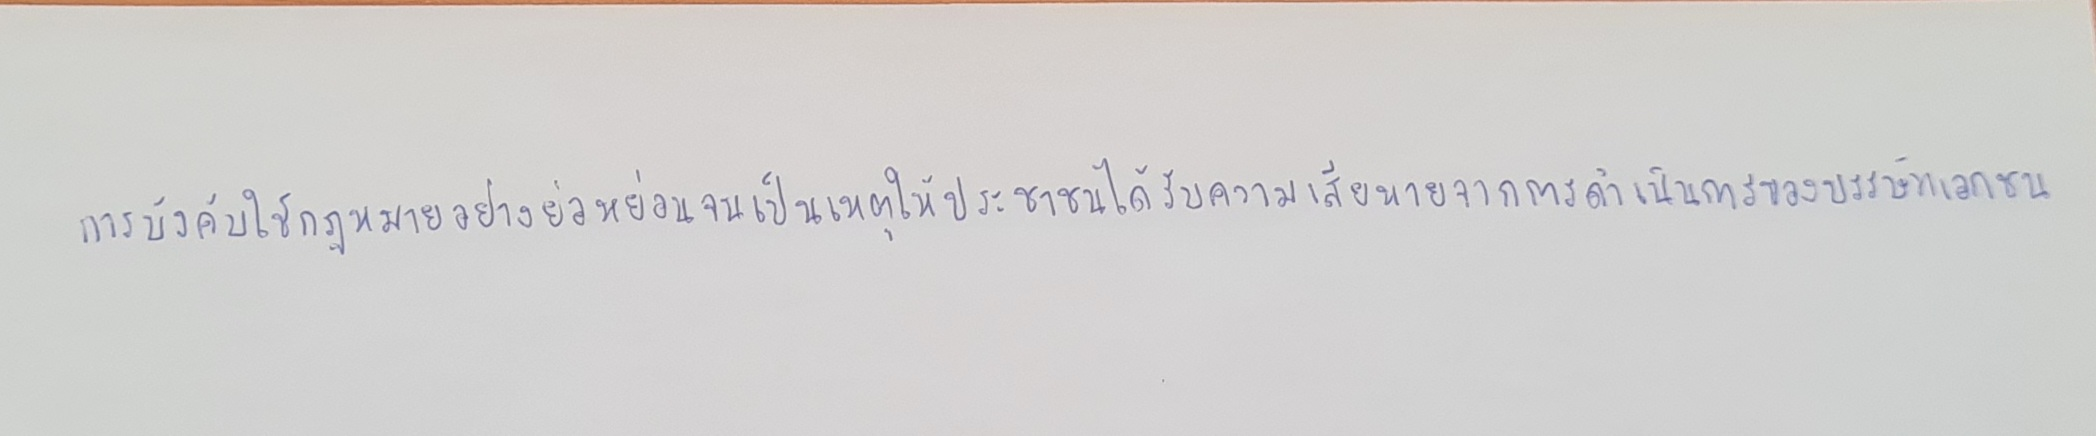
การบังคับใช้กฎหมายอย่างย่อหย่อนจนเป็นเหตุให้ประชาชนได้รับความเสียหายจากการดำเนินการของบรรษัทเอกชน